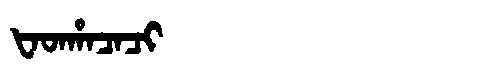
Manchu: ᡶᠠᡨᡥᠠᠴᠠᠴᡳ
Romanization: FATHACACI